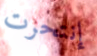
إنتحرت